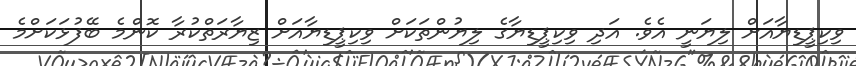
ވިކިޕީޑިޔާއަށް ލިޔަނީ އެވެ. އަދި ވިކިޕީޑިޔާގެ ލިޔުންތަކަށް ވިކިޕީޑިޔާއަށް ޒިޔާރަތްކުރާ ކޮންމެ ބޭފުޅަކަށްމެ